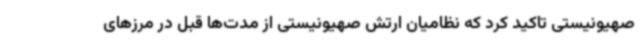
صهیونیستی تاکید کرد که نظامیان ارتش صهیونیستی از مدت‌ها قبل در مرزهای